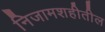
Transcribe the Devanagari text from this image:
निजामशहीतील